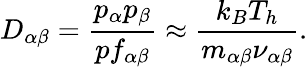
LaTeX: D_{\alpha\beta}=\frac{p_{\alpha}p_{\beta}}{pf_{\alpha\beta}}\approx\frac{k_{B}T_{h}}{m_{\alpha\beta}\nu_{\alpha\beta}}.